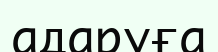
адаруға